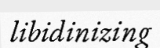
libidinizing